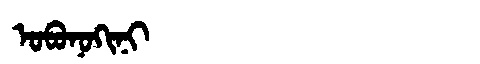
Manchu: ᠣᠪᠣᠨᠣᡴᡳᠨᡳ
Romanization: OBONOKINI